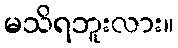
မသိရဘူးလား။